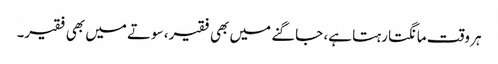
ہر وقت مانگتا رہتا ہے، جاگنے میں بھی فقیر، سوتے میں بھی فقیر۔